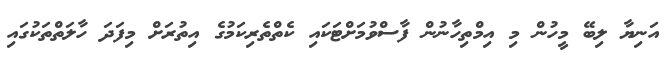
އަނިޔާ ލިބޭ މީހުން މި އިމްތިހާނުން ފާސްވުމަށްޓަކައި ކެތްތެރިކަމުގެ އިތުރަށް މިފަދަ ހާލަތްތަކުގައި